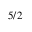
_ { 5 / 2 }